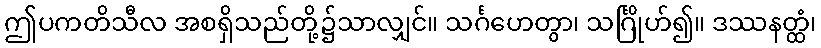
ဤပကတိသီလ အစရှိသည်တို့၌သာလျှင်။ သင်္ဂဟေတွာ၊ သင်္ဂြိုဟ်၍။ ဒဿနတ္ထံ၊